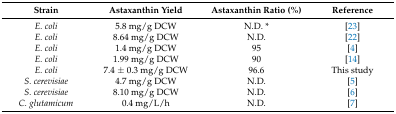
<table><thead><tr><td><b>Strain</b></td><td><b>Astaxanthin Yield</b></td><td><b>Astaxanthin Ratio (%)</b></td><td><b>Reference</b></td></tr></thead><tbody><tr><td><i>E. coli</i></td><td>5.8 mg/g DCW</td><td>N.D. *</td><td>[23]</td></tr><tr><td><i>E. coli</i></td><td>8.64 mg/g DCW</td><td>N.D.</td><td>[22]</td></tr><tr><td><i>E. coli</i></td><td>1.4 mg/g DCW</td><td>95</td><td>[4]</td></tr><tr><td><i>E. coli</i></td><td>1.99 mg/g DCW</td><td>90</td><td>[14]</td></tr><tr><td><i>E. coli</i></td><td>7.4 ± 0.3 mg/g DCW</td><td>96.6</td><td>This study</td></tr><tr><td><i>S. cerevisiae</i></td><td>4.7 mg/g DCW</td><td>N.D.</td><td>[5]</td></tr><tr><td><i>S. cerevisiae</i></td><td>8.10 mg/g DCW</td><td>N.D.</td><td>[6]</td></tr><tr><td><i>C. glutamicum</i></td><td>0.4 mg/L/h</td><td>N.D.</td><td>[7]</td></tr></tbody></table>